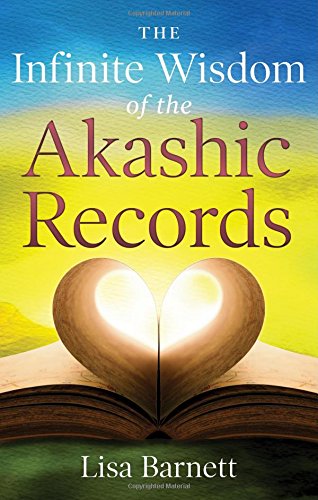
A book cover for The Infinite Wisdom of the Akashic Records; Lisa Barnett; Religion & Spirituality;